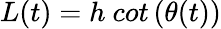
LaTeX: L(t)=h\ cot\left(\theta(t)\right)